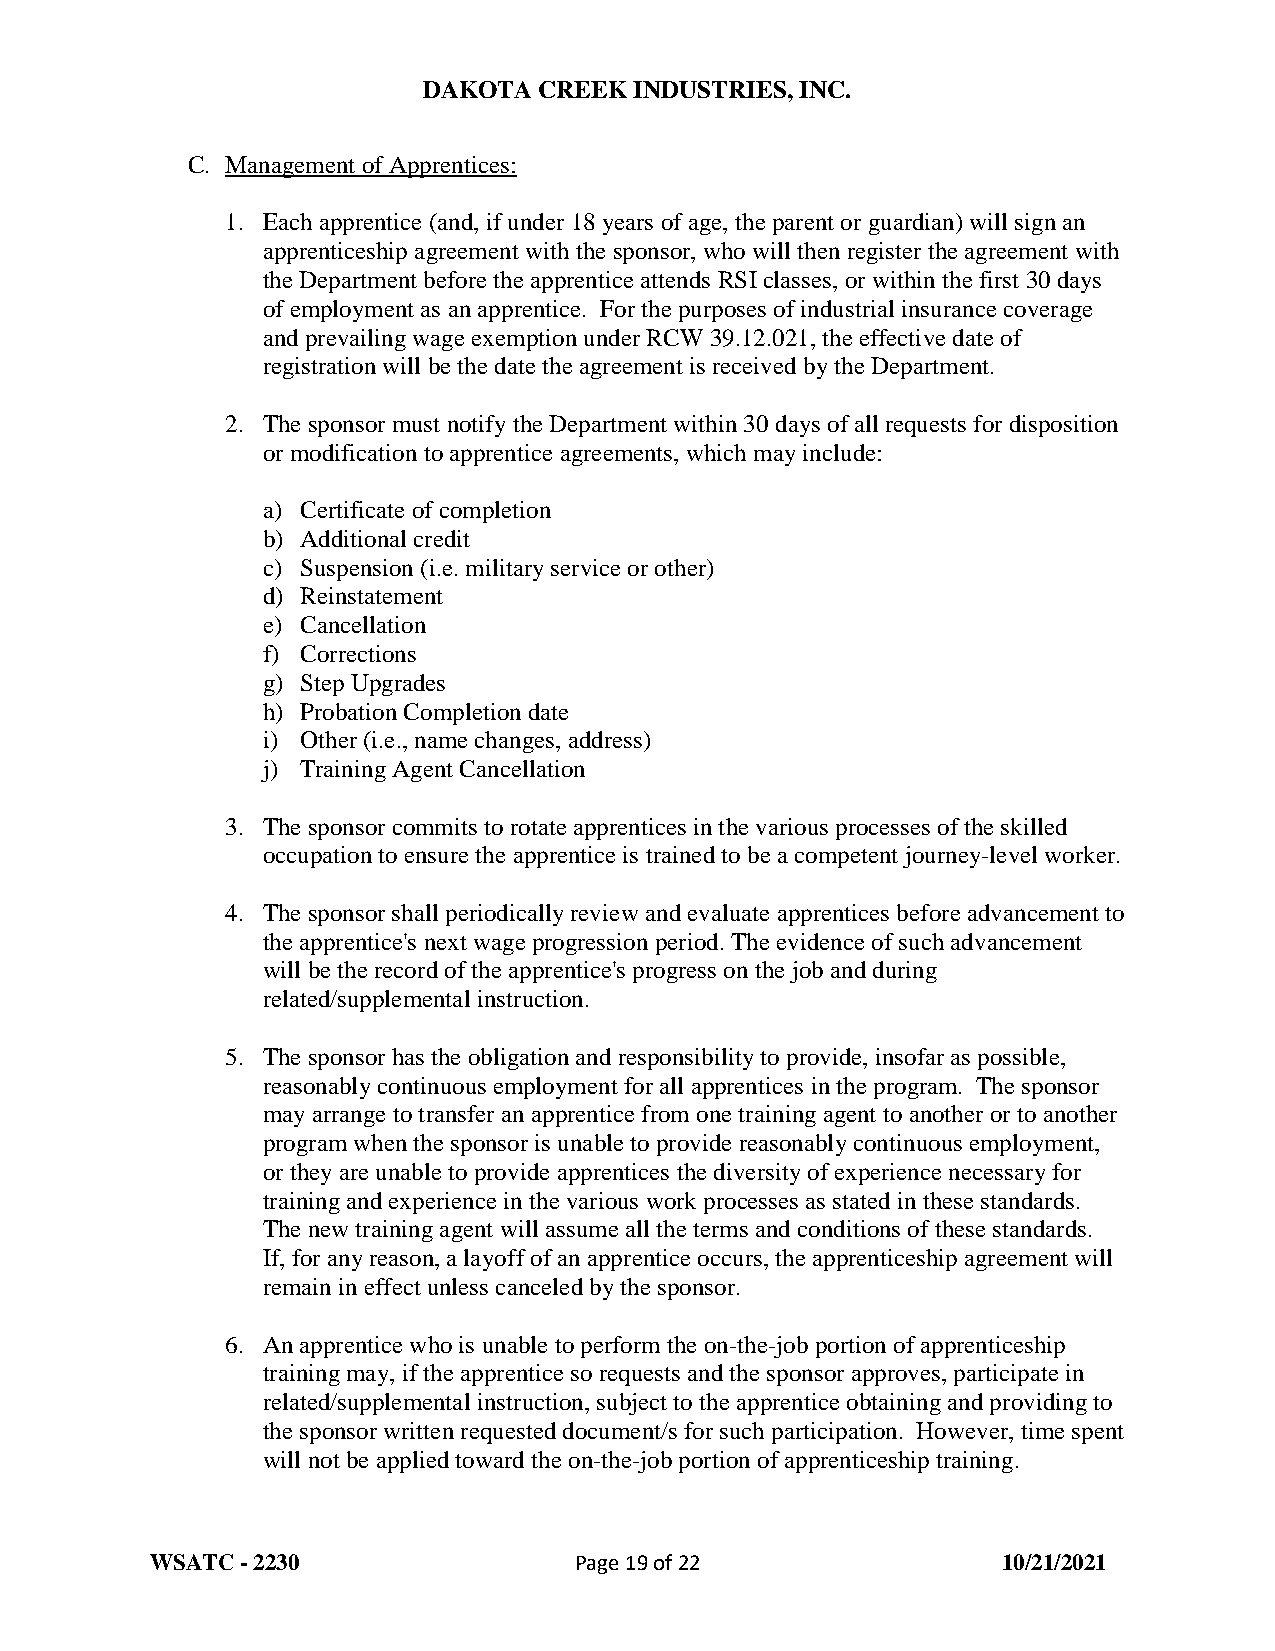
DAKOTA  CREEK INDUSTRIES, INC.
 C. Management of Apprentices:
 1. Each apprentice (and, if under 18 years of age, the parent or guardian) will sign an
 apprenticeship agreement with the sponsor, who will then register the agreement with
 the Department before the apprentice attends RSI classes, or within the first 30 days
 of employment as an apprentice. For the purposes of industrial insurance coverage
 and prevailing wage exemption under RCW 39.12.021, the effective date of
 registration will be the date the agreement is received by the Department.
 2. The sponsor must notify the Department within 30 days of all requests for disposition
 or modification to apprentice agreements, which may include:
 a) Certificate of completion
 b) Additional credit
 c) Suspension (i.e. military service or other)
 d) Reinstatement
 e) Cancellation
 f) Corrections
 g) Step Upgrades
 h) Probation Completion date
 i) Other (i.e., name changes, address)
 j) Training Agent Cancellation
 3. The sponsor commits to rotate apprentices in the various processes of the skilled
 occupation to ensure the apprentice is trained to be a competent journey-level worker.
 4. The sponsor shall periodically review and evaluate apprentices before advancement to
 the apprentice's next wage progression period. The evidence of such advancement
 will be the record of the apprentice's progress on the job and during
 related/supplemental instruction.
 5. The sponsor has the obligation and responsibility to provide, insofar as possible,
 reasonably continuous employment for all apprentices in the program. The sponsor
 may arrange to transfer an apprentice from one training agent to another or to another
 program when the sponsor is unable to provide reasonably continuous employment,
 or they are unable to provide apprentices the diversity of experience necessary for
 training and experience in the various work processes as stated in these standards.
 The new training agent will assume all the terms and conditions of these standards.
 If, for any reason, a layoff of an apprentice occurs, the apprenticeship agreement will
 remain in effect unless canceled by the sponsor.
 6. An apprentice who is unable to perform the on-the-job portion of apprenticeship
 training may, if the apprentice so requests and the sponsor approves, participate in
 related/supplemental instruction, subject to the apprentice obtaining and providing to
 the sponsor written requested document/s for such participation. However, time spent
 will not be applied toward the on-the-job portion of apprenticeship training.
 WSATC - 2230                Page 19 of 22               10/21/2021